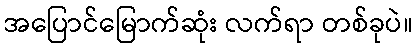
အပြောင်မြောက်ဆုံး လက်ရာ တစ်ခုပဲ။